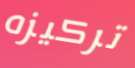
تركيزه